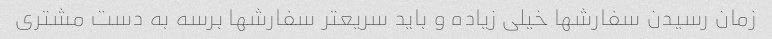
زمان رسیدن سفارشها خیلی زیاده و باید سریعتر سفارشها برسه به دست مشتری